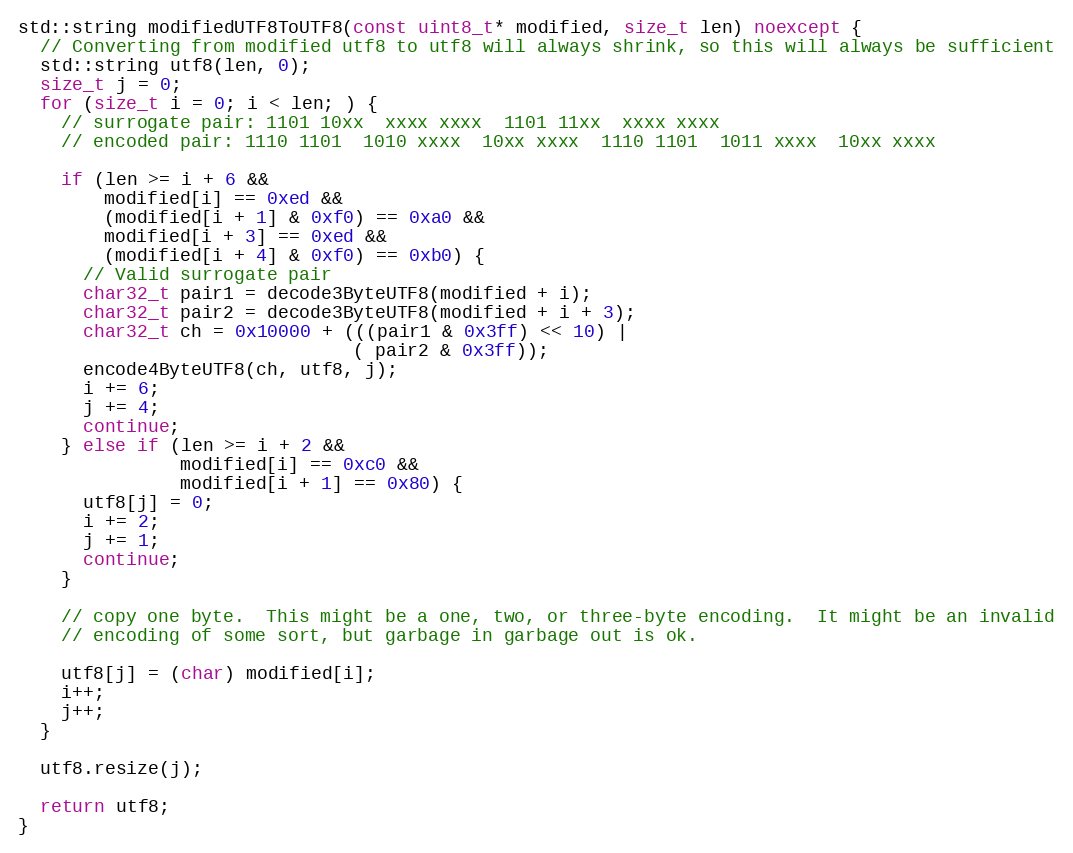
Language: C++
std::string modifiedUTF8ToUTF8(const uint8_t* modified, size_t len) noexcept {
  // Converting from modified utf8 to utf8 will always shrink, so this will always be sufficient
  std::string utf8(len, 0);
  size_t j = 0;
  for (size_t i = 0; i < len; ) {
    // surrogate pair: 1101 10xx  xxxx xxxx  1101 11xx  xxxx xxxx
    // encoded pair: 1110 1101  1010 xxxx  10xx xxxx  1110 1101  1011 xxxx  10xx xxxx

    if (len >= i + 6 &&
        modified[i] == 0xed &&
        (modified[i + 1] & 0xf0) == 0xa0 &&
        modified[i + 3] == 0xed &&
        (modified[i + 4] & 0xf0) == 0xb0) {
      // Valid surrogate pair
      char32_t pair1 = decode3ByteUTF8(modified + i);
      char32_t pair2 = decode3ByteUTF8(modified + i + 3);
      char32_t ch = 0x10000 + (((pair1 & 0x3ff) << 10) |
                               ( pair2 & 0x3ff));
      encode4ByteUTF8(ch, utf8, j);
      i += 6;
      j += 4;
      continue;
    } else if (len >= i + 2 &&
               modified[i] == 0xc0 &&
               modified[i + 1] == 0x80) {
      utf8[j] = 0;
      i += 2;
      j += 1;
      continue;
    }

    // copy one byte.  This might be a one, two, or three-byte encoding.  It might be an invalid
    // encoding of some sort, but garbage in garbage out is ok.

    utf8[j] = (char) modified[i];
    i++;
    j++;
  }

  utf8.resize(j);

  return utf8;
}